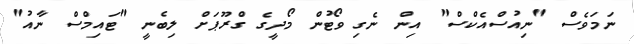
ނަމަވެސް "ނިއުސްއެކްސް" އިން ނެގި ވޯޓުން މޯދީގެ ގްރޫޕަށް ލިބެނީ "ޓައިމްސް ނާއު"